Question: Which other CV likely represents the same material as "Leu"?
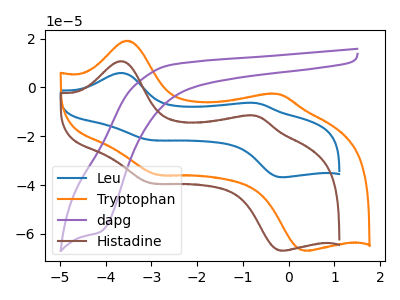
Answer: <think>The blue curve "Leu" has anodic peaks at (-3.65V, 5.90uA) (-0.70V, -6.40uA) and cathodic peaks at (-3.00V, -21.55uA) (-0.10V, -36.80uA). The orange curve "Tryptophan" has anodic peaks at (-3.55V, 19.15uA) (-0.25V, -2.65uA) and cathodic peaks at (-2.85V, -35.85uA) (0.35V, -66.90uA). The purple curve "dapg" has a cathodic peak at: (-4.10V, -59.20uA). The brown curve "Histadine" has anodic peaks at (-3.65V, 10.70uA) (-0.70V, -11.65uA) and cathodic peaks at (-3.00V, -39.10uA) (-0.10V, -66.90uA).
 "Leu" and "Tryptophan" have at least one peak that do not match. "Leu" and "dapg" have a different number of peaks. All the peaks in "Leu" have a peak in "Histadine" at the same potential. "Tryptophan" and "dapg" have a different number of peaks. "Tryptophan" and "Histadine" have at least one peak that do not match. "dapg" and "Histadine" have a different number of peaks.</think>
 <answer>The CV with the most similar shape to "Histadine" is "Leu".</answer>
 <eval>"Leu"</eval>